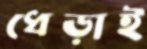
ধেড়াই